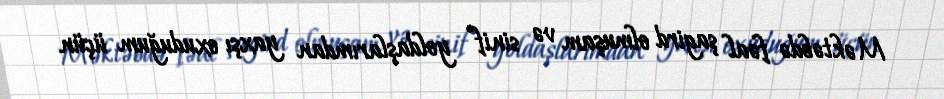
Məktəbdə fəal şagird olmuşam və sinif yoldaşlarımdan yaxşı oxuduğum üçün